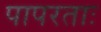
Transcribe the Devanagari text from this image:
पापरताः